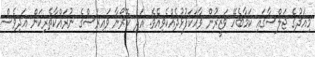
މިއަދުގެ ޖަލްސާގައި ކަމާބެހޭ ވަޒީރުން ވާހަކަފުޅުދެއްކެވިއެވެ. އަދި ކޮރޯނާ ވައިރަސްގެ ނުރައްކާތެރިކަން އަދިވެސް